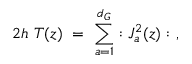
2 h \ T ( z ) \ = \ \sum _ { a = 1 } ^ { d _ { G } } : J _ { a } ^ { 2 } ( z ) : \ ,